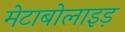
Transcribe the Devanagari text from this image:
मेटाबोलाइड़